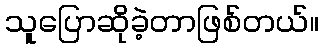
သူပြောဆိုခဲ့တာဖြစ်တယ်။